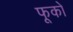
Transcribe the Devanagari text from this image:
फूकों